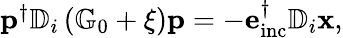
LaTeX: \begin{array}{r}{\mathbf{p}^{\dagger}\mathbb{D}_{i}\left(\mathbb{G}_{0}+\xi\right)\mathbf{p}=-\mathbf{e}_{\mathrm{inc}}^{\dagger}\mathbb{D}_{i}\mathbf{x},}\end{array}